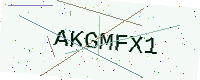
Text: AKGMFX1